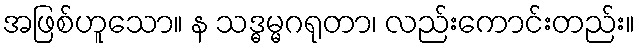
အဖြစ်ဟူသော။ န သဒ္ဓမ္မဂရုတာ၊ လည်းကောင်းတည်း။